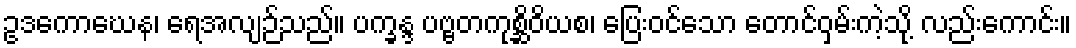
ဥဒကောဃေန၊ ရေအလျဉ်သည်။ ပက္ခန္ဒ ပဗ္ဗတကုစ္ဆိဝိယစ၊ ပြေးဝင်သော တောင်ဝှမ်းကဲ့သို့ လည်းကောင်း။